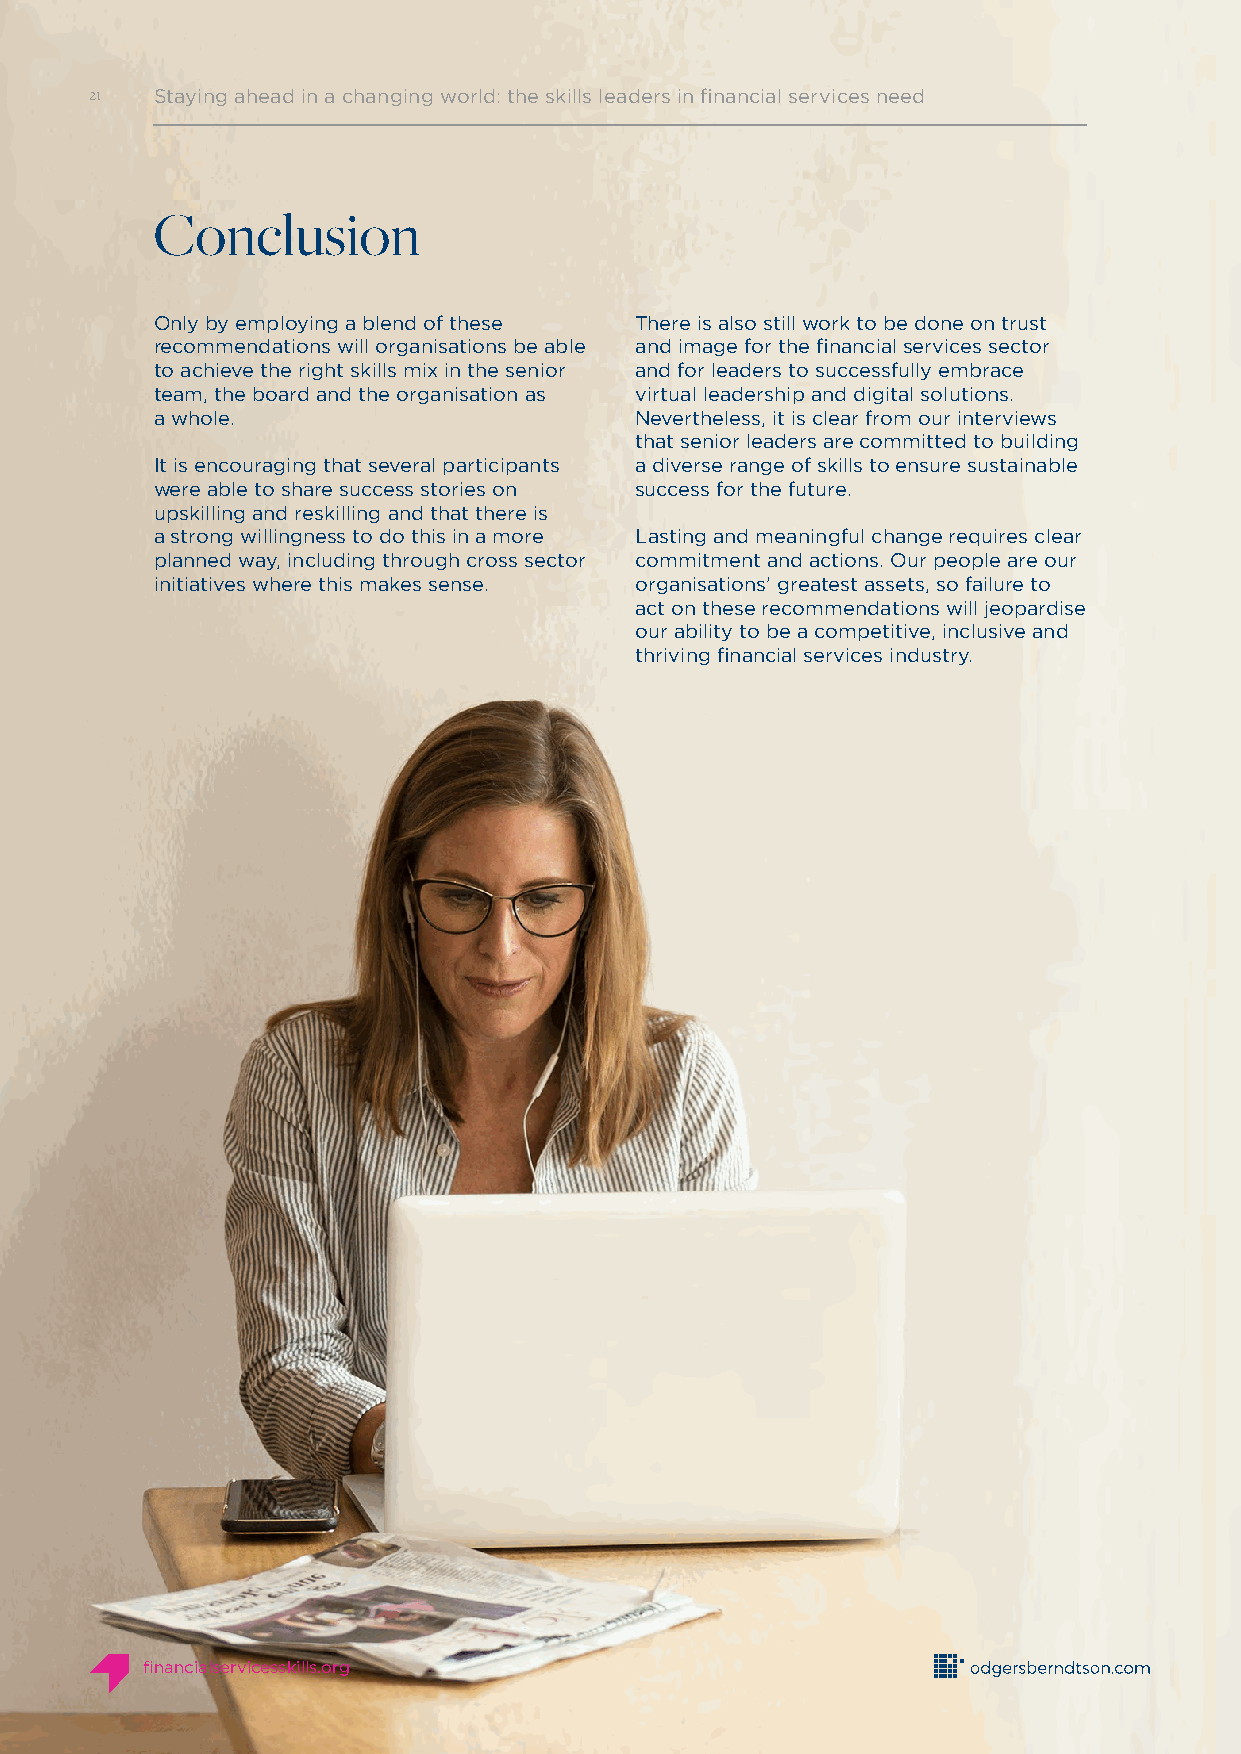
21  Staying ahead in a changing world: the skills leaders in financial services need
 Conclusion
 Only by employing a blend of these There is also still work to be done on trust
 recommendations will organisations be able and image for the financial services sector
 to achieve the right skills mix in the senior and for leaders to successfully embrace
 team, the board and the organisation as virtual leadership and digital solutions.
 a whole.                        Nevertheless, it is clear from our interviews
 that senior leaders are committed to building
 It is encouraging that several participants a diverse range of skills to ensure sustainable
 were able to share success stories on success for the future.
 upskilling and reskilling and that there is
 a strong willingness to do this in a more Lasting and meaningful change requires clear
 planned way, including through cross sector commitment and actions. Our people are our
 initiatives where this makes sense. organisations’ greatest assets, so failure to
 act on these recommendations will jeopardise
 our ability to be a competitive, inclusive and
 thriving financial services industry.
 financialservicesskills.org